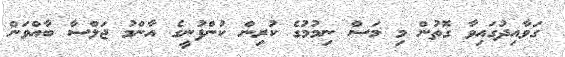
ގަވާއިދުގައިވާ ގޮތުން މި މަސް ނިމުމުގެ ކުރިން ކުންފުނީގެ އާންމު ޖަލްސާ ބާއްވަން